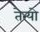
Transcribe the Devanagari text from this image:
तेन्यो